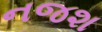
નજશ